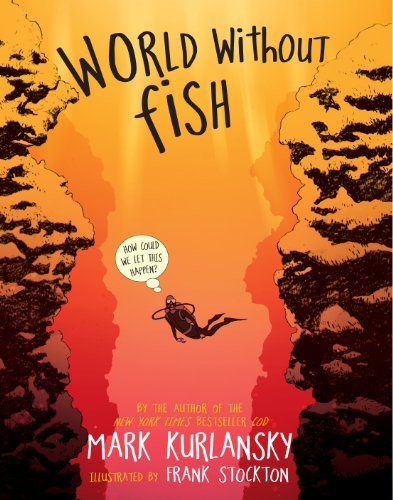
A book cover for World Without Fish; Mark Kurlansky; Children's Books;